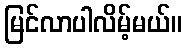
မြင်လာပါလိမ့်မယ်။